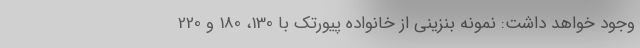
وجود خواهد داشت: نمونه بنزینی از خانواده پیورتک با 130، 180 و 220